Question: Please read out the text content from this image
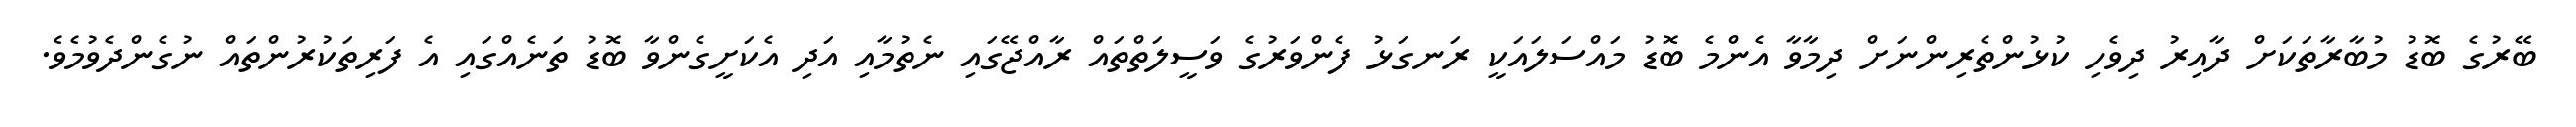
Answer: ބޭރުގެ ބޮޑު މުބާރާތަކަށް ދާއިރު ދިވެހި ކުޅުންތެރިންނަށް ދިމާވާ އެންމެ ބޮޑު މައްސަލައަކީ ރަނގަޅު ފެންވަރުގެ ވަސީލަތްތައް ރާއްޖޭގައި ނެތުމާއި އަދި އެކަށީގެންވާ ބޮޑު ތަނެއްގައި އެ ފަރިތަކުރުންތައް ނުގެންދެވުމެވެ.